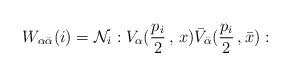
LaTeX: \begin{align*}W_{\alpha \bar{\alpha}}(i) = {\cal N}_{i} :V_{\alpha }(\frac{p_{i}}{2}\,,\,x)\bar{V}_{\bar{\alpha}}(\frac{p_{i}}{2}\,,\bar{x}):\end{align*}